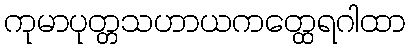
ကုမာပုတ္တသဟာယကတ္ထေရဂါထာ